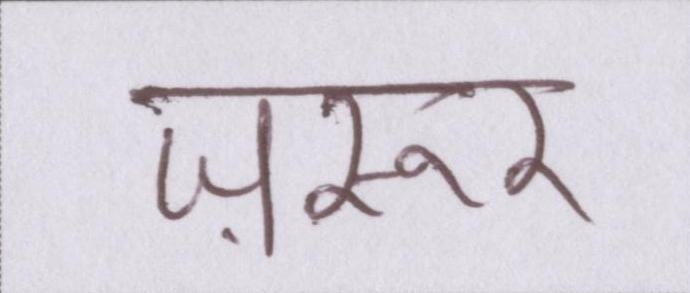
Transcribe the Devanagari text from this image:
ज़रूर